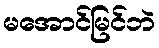
မအောင်မြင်ဘဲ